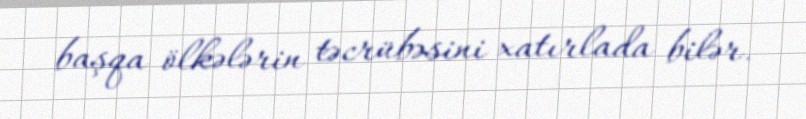
başqa ölkələrin təcrübəsini xatırlada bilər.